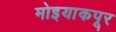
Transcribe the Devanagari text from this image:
मोइयाकपूर